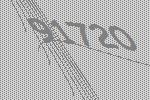
91720